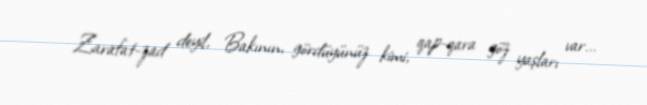
Zarafat-zad deyil, Bakının, gördüyünüz kimi, qap-qara göz yaşları var...